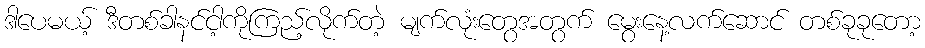
ဒါပေမယ့် ဒီတစ်ခါနင်ငါ့ကိုကြည့်လိုက်တဲ့ မျက်လုံးတွေအတွက် မွေးနေ့လက်ဆောင် တစ်ခုခုတော့